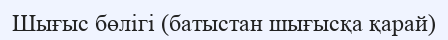
Шығыс бөлігі (батыстан шығысқа қарай)